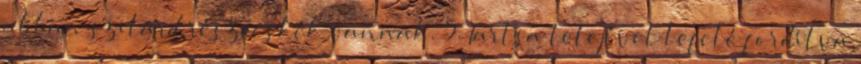
abban szilárd részecskék vannak. 5. Tartsa tetejével lefelé fordítva